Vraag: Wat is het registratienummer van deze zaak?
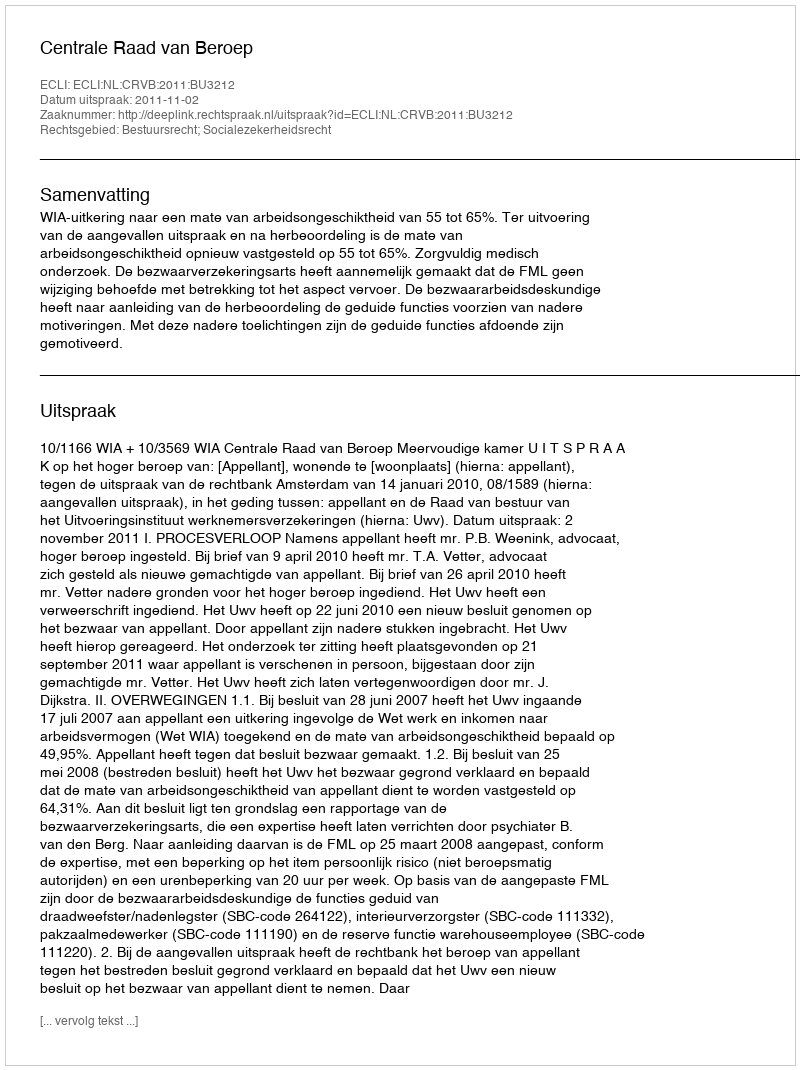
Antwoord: http://deeplink.rechtspraak.nl/uitspraak?id=ECLI:NL:CRVB:2011:BU3212